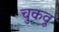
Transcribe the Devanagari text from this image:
चुकवू